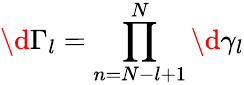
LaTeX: \d\Gamma_{l}=\prod_{n=N-l+1}^{N}\d\gamma_{l}